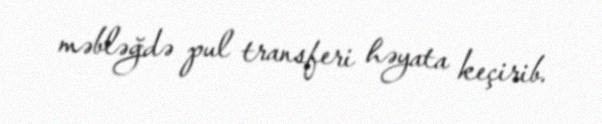
məbləğdə pul transferi həyata keçirib.